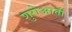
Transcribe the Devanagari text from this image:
शुरोआती